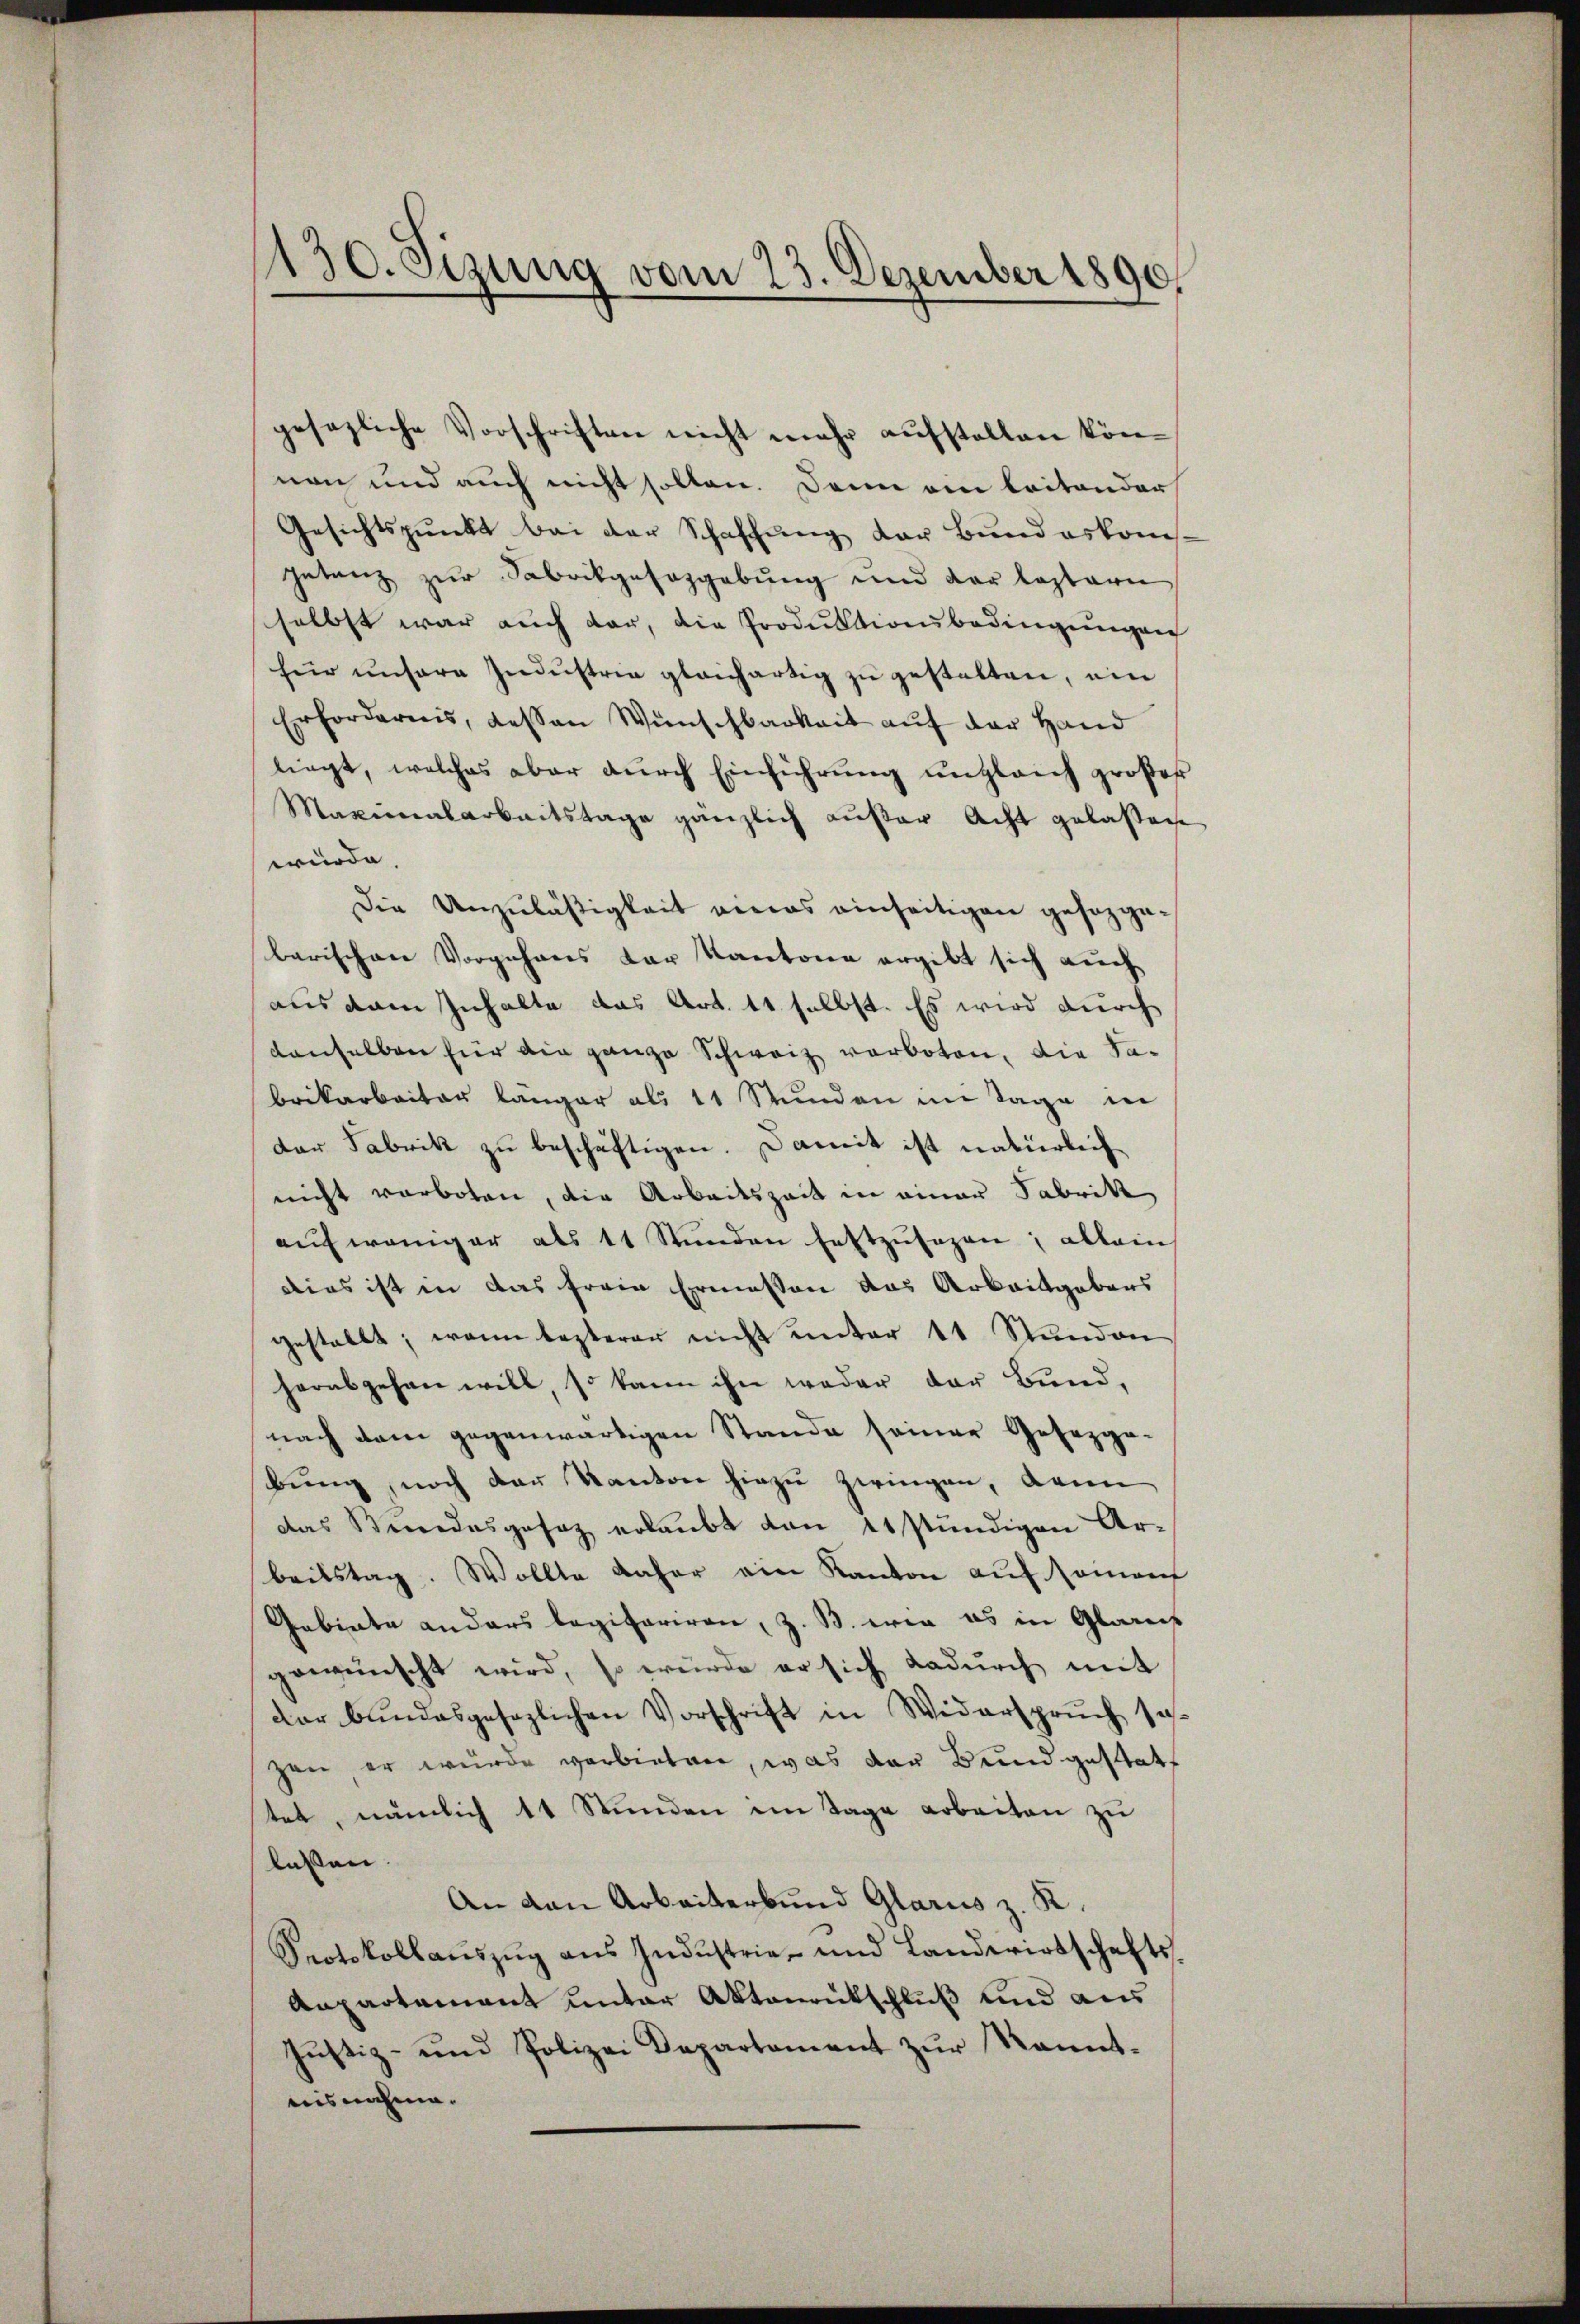
130. Sizung vom 23. Dezember 1890.

gesezliche Vorschriften nicht mehr aufstellen können und auch nicht sollen. Dann ain leitender
Gesichtspunkt bei der Schaffung der Bundeskom
Intanz zur Fabrikgesazgebung und der leztern
selbst war auch dar, die Produktionsbedingungen
für unsere Indŭstrie gleichartig zu gestalten, ein
Erfordernis, dessen Wünschbarkeit auf der Hand
liegt, welches aber dŭrch Einführŭng ungleich großer
Marinalarbeitstage gänzlich außer Acht gelassen.
würde.
Die Unzuläßigkeit eines einseitigen gesorgebarischen Vorgehens der Kantone ergibt sich auch
aus dem Inhalte das Art. 11 selbst. Es wird durch
denselben für die ganze Schweiz verboten, die Sabrikarbeiter länger als 11 Stunden im Tage in
der Fabrik zu beschäftigen. Damit ist natürlich
nicht verboten, die Arbeitszeit in einer Fabrik
aŭf weniger als 11 Stŭnden festzŭsezen; allein
Dies ist in das freie Ermessen das Arbeitgebens
gestellt; wenn lezterer nicht unter 11 Stunden
herabgehen will, so kann ihn weder der Bund,
nach dem gegenwärtigen Stande seiner Gesetzge-
bung, noch der Kanton hiezu zwingen, dann
das Stundesgesetz erlaubt dan es stündigen Arbeitstag. Wollte daher ein Kanton auf seinauf
Gebiete anders legiferiren, z. B. wie es in Glarus
gewünscht wird, so würde er sich dadurch mit
der bundesgesezlichen Vorschrift in Widerspruch sezen, er wurde verbieten, was der Bund gestatt
tet, nämlich 11 Stunden im Tage arbeiten zu
lassen.
An den Arbeiterbund Glarus z. K.
Protokollaŭszŭg aŭs Indŭstrie und Landwirtschafts-
Aapartamant unter Aktenrutschluß und aus
Justiz- und Polizei Departament zur Kenntnisnahme.